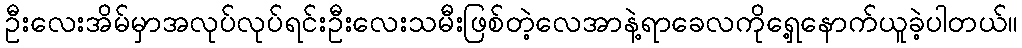
ဦးလေးအိမ်မှာအလုပ်လုပ်ရင်းဦးလေးသမီးဖြစ်တဲ့လေအာနဲ့ရာခေလကိုရှေ့နောက်ယူခဲ့ပါတယ်။